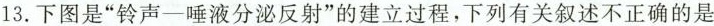
13.下图是“铃声一唾液分泌反射”的建立过程，下列有关叙述不正确的是